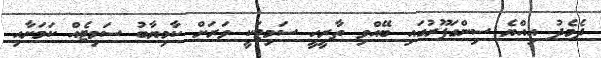
ދެމެދު އިއްޔެ ސިންގަޕޫރުގައި ބޭއްވި ތާރީހީ ސަމިޓަކީ ވަރަށް ކާމިޔާބު ސަމިޓެއް ކަމަށާއި